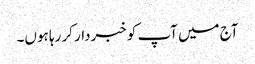
آج میں آپ کو خبردار کر رہا ہوں۔